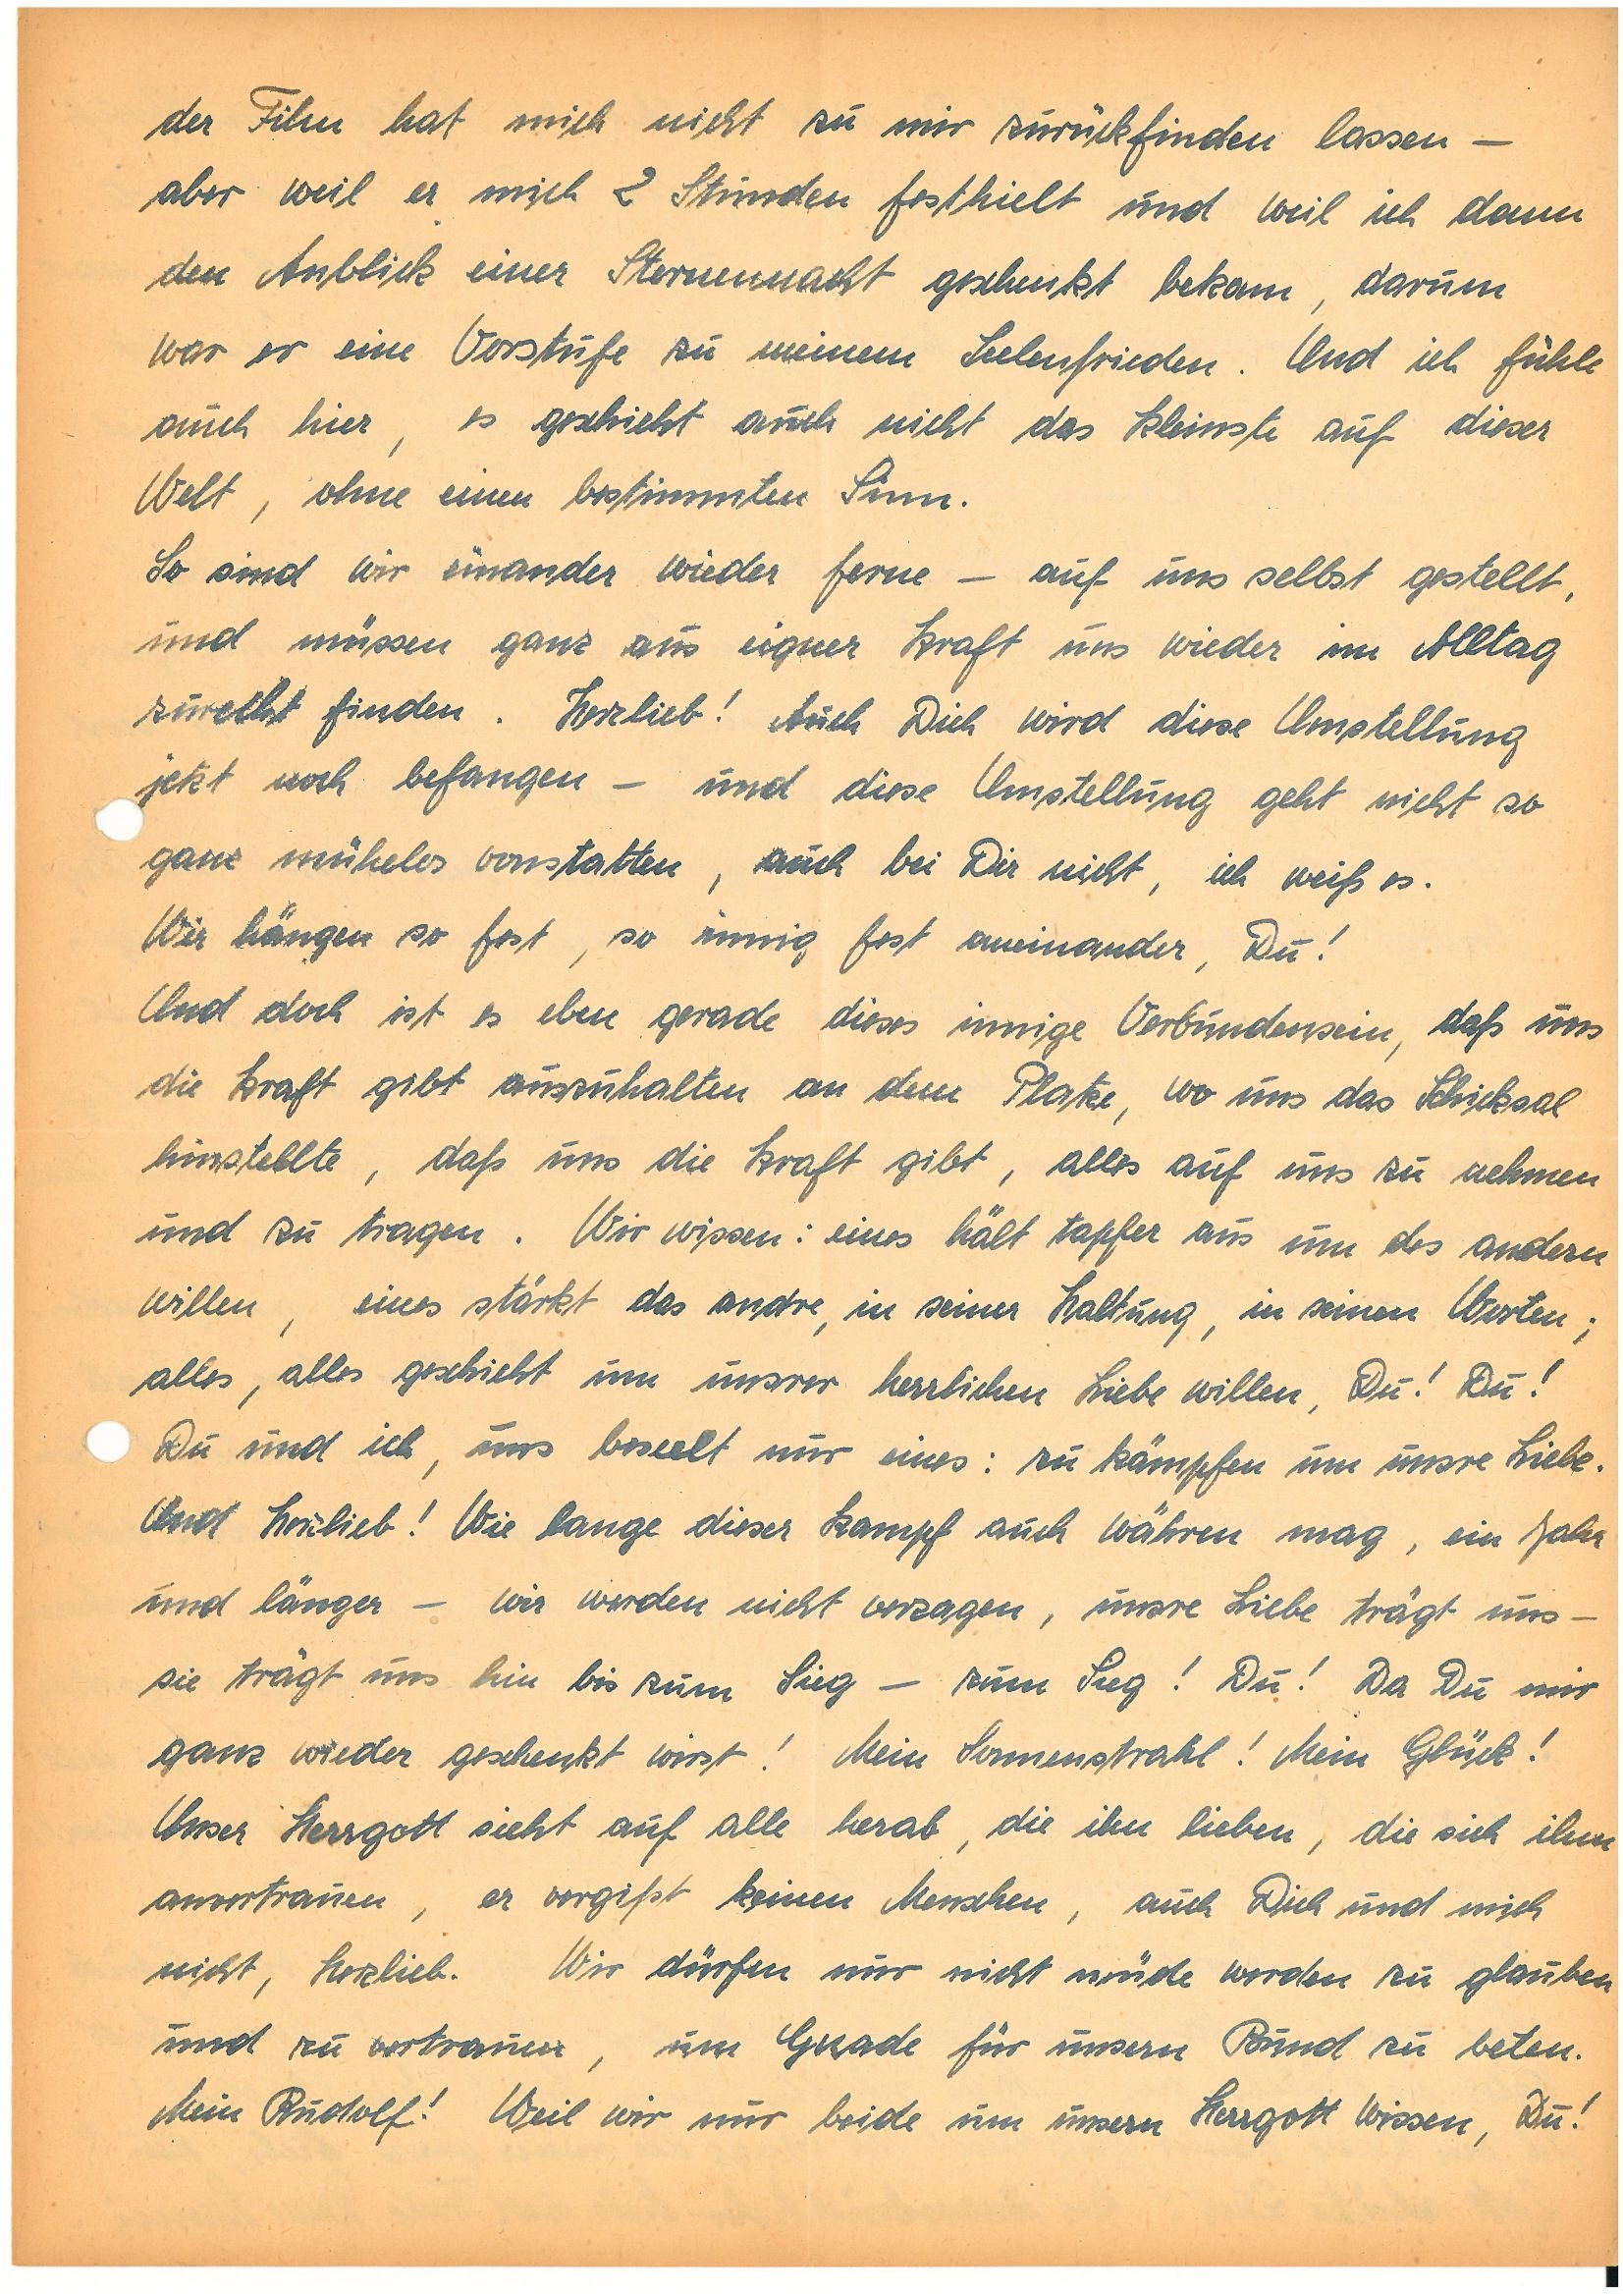
der Film hat mich nicht zu mir zurückfinden lassen –
aber weil er mich 2 Stunden festhielt und weil ich dann
den Anblick einer Sternennacht geschenkt bekam, darum
war er eine Vorstufe zu meinem Seelenfrieden. Und ich fühle
auch hier, es geschieht auch nicht das kleinste auf dieser
Welt, ohne einen bestimmten Sinn.
So sind wir einander wieder ferne – auf uns selbst gestellt,
und müssen ganz aus eigner Kraft uns wieder im Alltag
zurecht finden. Herzlieb! Auch Dich wird diese Umstellung
jetzt noch befangen – und diese Umstellung geht nicht so
ganz mühelos vonstatten, auch bei Dir nicht, ich weiß es.
Wir hängen so fest, so innig aneinander, Du!
Und doch ist es eben gerade dieses innige Verbundensein, daß uns
die Kraft gibt auszuhalten an dem Platze, wo uns das Schicksal
hinstellte, daß uns die Kraft gibt, alles auf uns zu nehmen
und zu tragen. Wir wissen: eines hält tapfer aus um des andern
Willen, eines stärkt das andre, in seiner Haltung, in seinen Worten;
alles, alles geschieht um unsrer herrlichen Liebe willen, Du! Du!
Du und ich, uns beseelt nur eines zu kämpfen um unsre Liebe.
Und Herzlieb! Wie lange dieser Kampf auch währen mag, ein Jahr
und länger – wir werden nicht verzagen, unsre Liebe trägt uns –
sie trägt uns hin bis zum Sieg – zum Sieg! Du! Da Du mir
ganz wieder geschenkt wirst! Mein Sonnenstrahl! Mein Glück!
Unser Herrgott sieht auf alle herab, die ihn lieben, die sich ihm
anvertrauen, er vergißt keinen Menschen, auch Dich und mich
nicht, Herzlieb. Wir dürfen nur nicht müde werden zu glauben
und zu vertrauen, um Gnade für unsern Bund zu beten.
Mein ! Weil wir nur beide um unsern Herrgott wissen, Du!